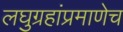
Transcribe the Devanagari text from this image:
लघुग्रहांप्रमाणेच